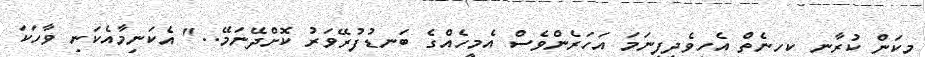
މިކަން ކުރާނީ ކިހިނެތް އެހީވެދީފިނަމަ އަހަރެންވެސް އެމީހެއްގެ ބަނޑުފުރޭވަރު ކޮށްދޭނަމޭ.." އެކަނިމާއެކަނި ވާހަަކަ